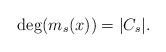
LaTeX: \begin{align*}\deg(m_s(x))=|C_s|.\end{align*}